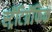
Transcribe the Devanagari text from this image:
स्ट्रॅटिग्रॅफिक